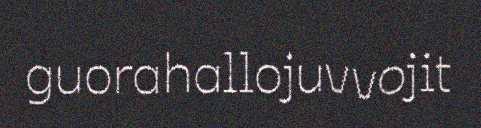
guorahallojuvvojit